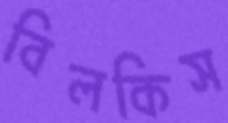
বিলকিস